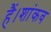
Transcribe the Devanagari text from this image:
हैं।शांकव